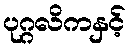
ပုဂ္ဂလိကနှင့်